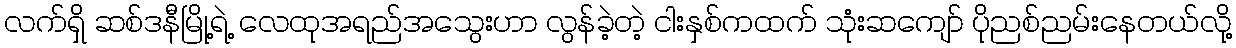
လက်ရှိ ဆစ်ဒနီမြို့ရဲ့ လေထုအရည်အသွေးဟာ လွန်ခဲ့တဲ့ ငါးနှစ်ကထက် သုံးဆကျော် ပိုညစ်ညမ်းနေတယ်လို့